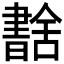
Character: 𦧶